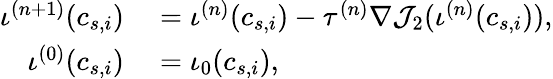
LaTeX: \begin{array}{rl}{\iota^{(n+1)}(c_{s,i})}&{{}=\iota^{(n)}(c_{s,i})-\tau^{(n)}\nabla\mathcal{J}_{2}(\iota^{(n)}(c_{s,i})),}\\ {\iota^{(0)}(c_{s,i})}&{{}=\iota_{0}(c_{s,i}),}\end{array}